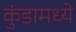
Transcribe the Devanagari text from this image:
कुंडामध्ये